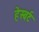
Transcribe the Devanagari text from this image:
हेस्बर्ट